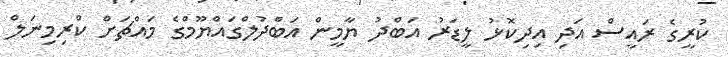
ކުރީގެ ރައީސް އަދި އިދިކޮޅު ލީޑަރު އަބްދު ޔާމީން އަބްދުލްގައްޔޫމްގެ މައްޗަށް ކްރިމިނަލް